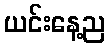
ယင်းနေ့ည